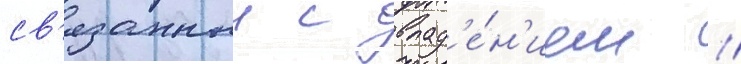
св'язанныи с влад'е́н'ием /